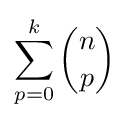
\sum _{p=0}^{k}{n \choose p}